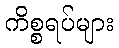
ကိစ္စရပ်များ